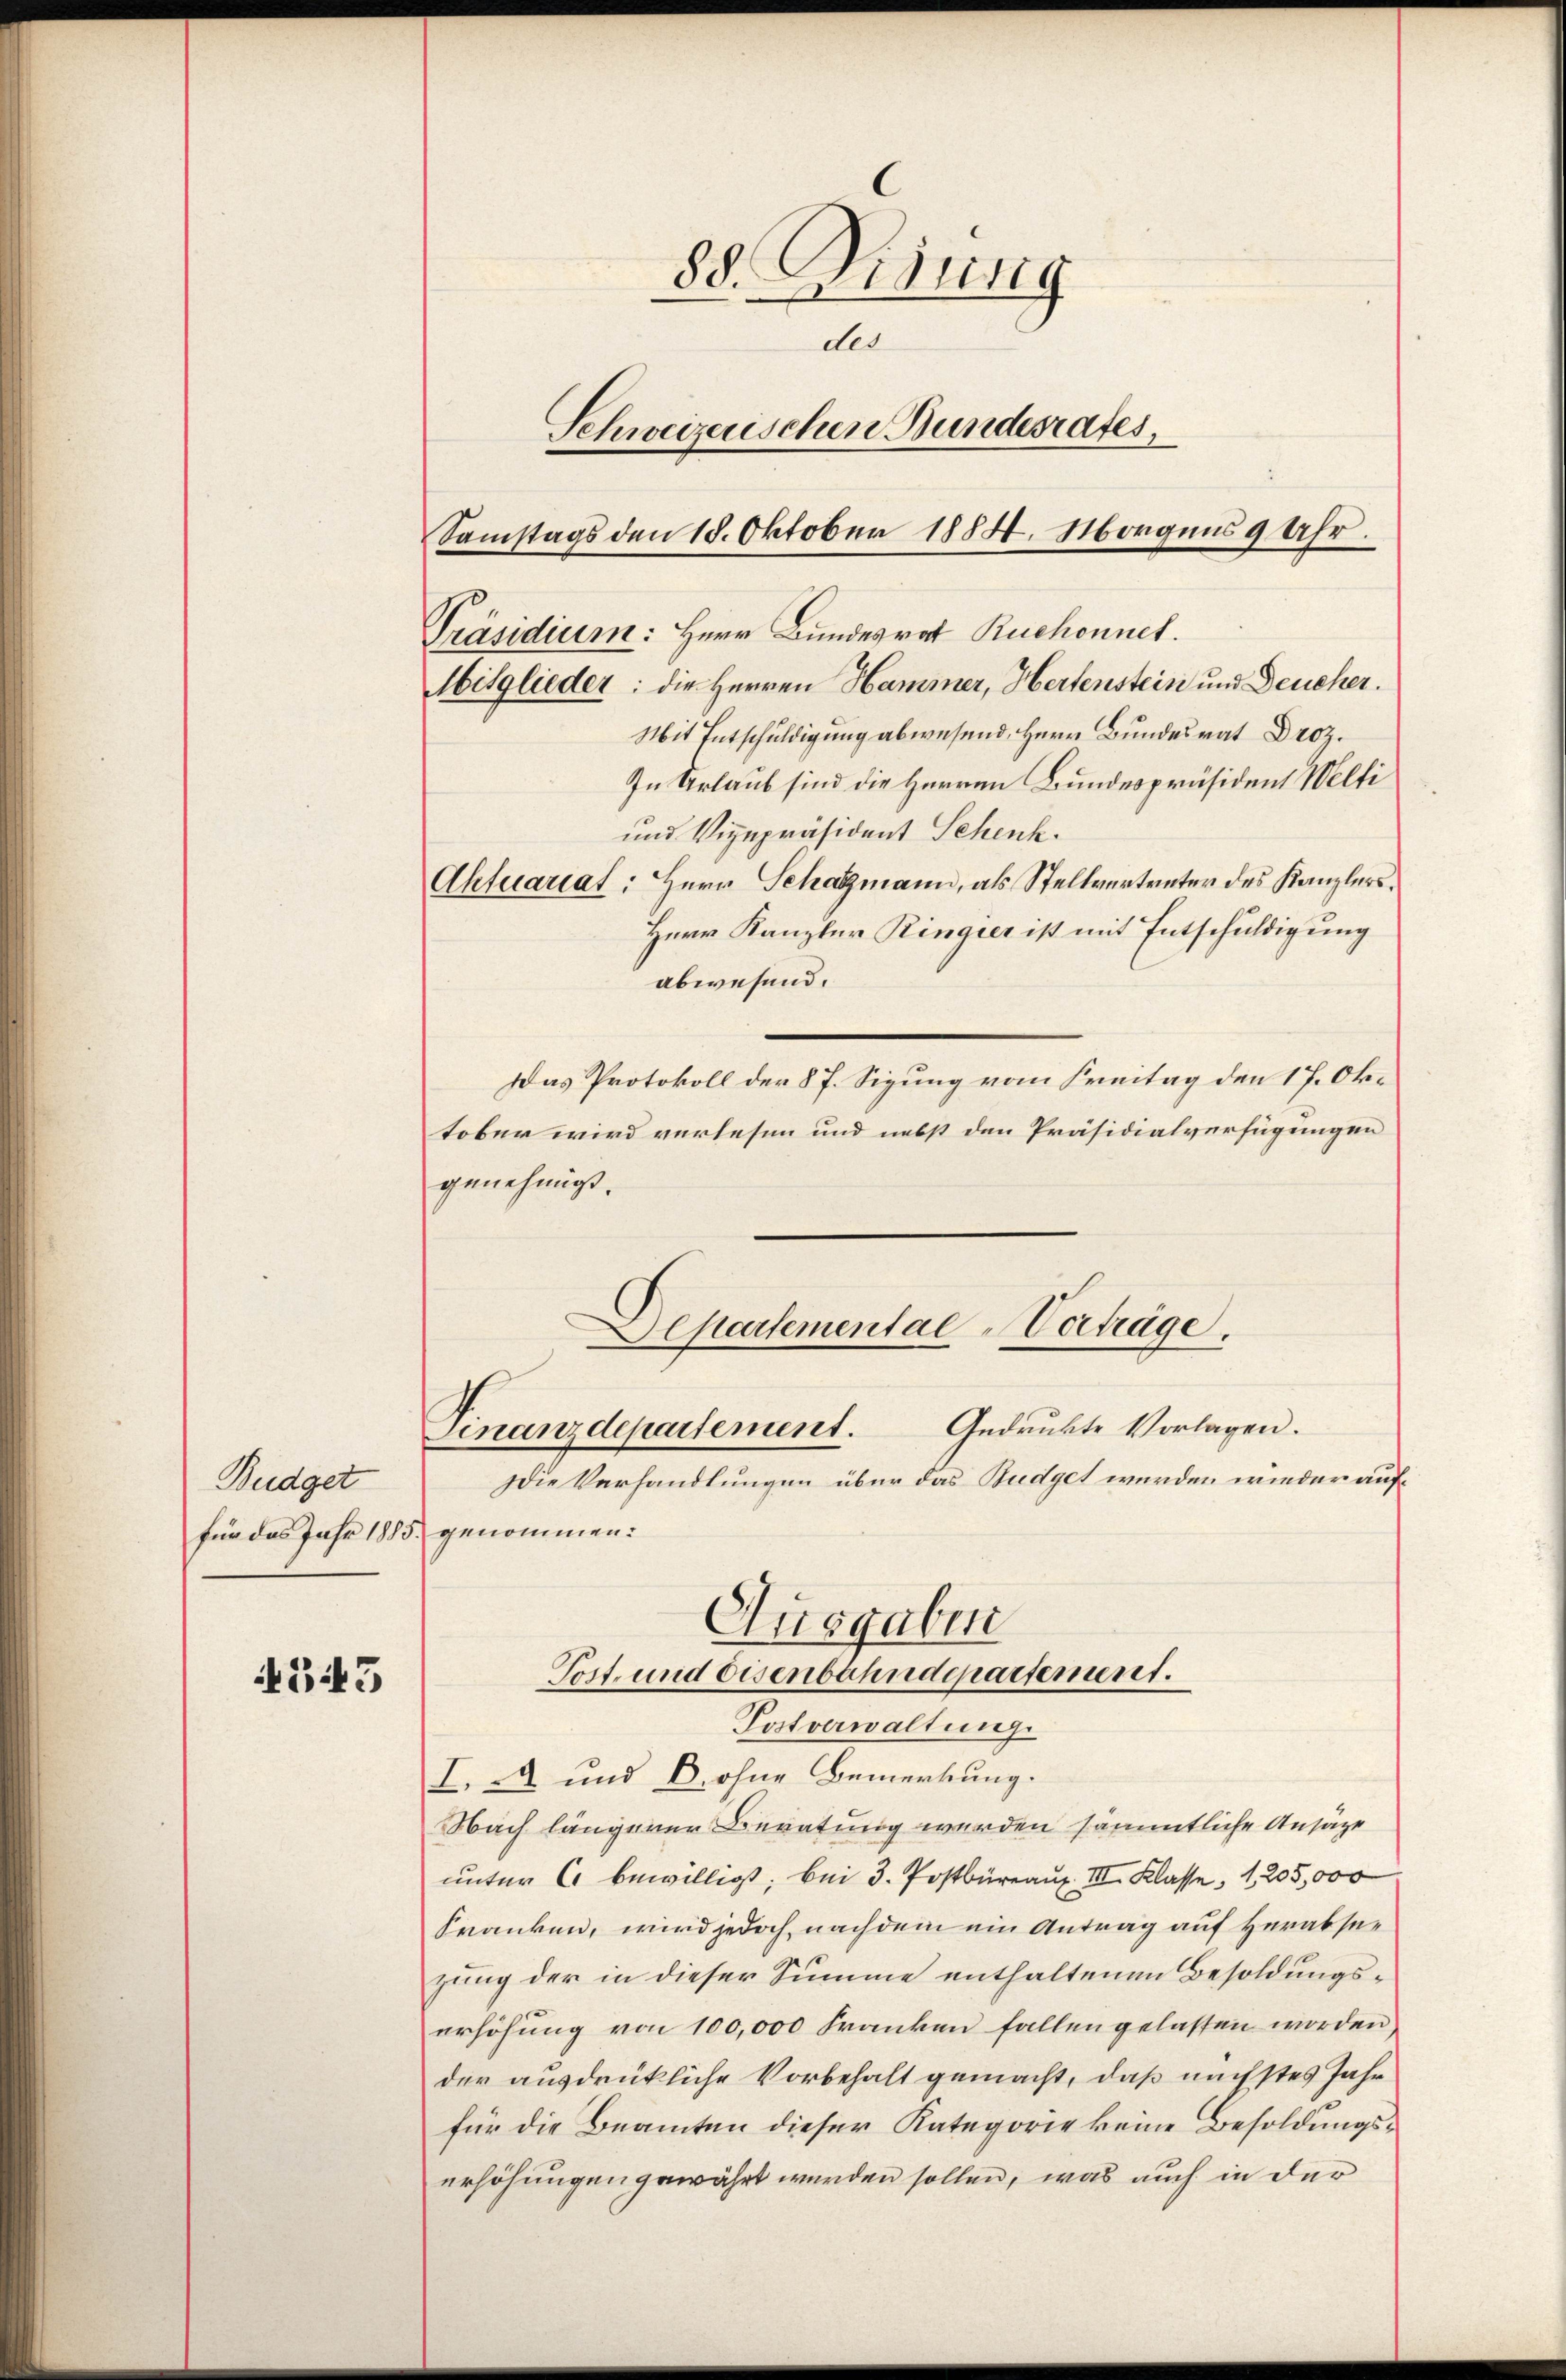
Budget
für das Jahr 1885.

543

88. Mitung
des
Schweizerischen Bundesrates,
Samstags den 18. Oktober 1884. Morgens 9 Uhr.

Präsidium: Herr Bundesrat Ruchonnet.
Mitglieder: die Herren Hammer, Hertenstein und Deucher.
Mit Entschuldigung abwesend, Herr Bundesrat Droz.
In Urlaub sind die Herren Bundespräsident Welti
und Vizepräsident Schenk.
Aktuariat: Herr Schatzmann, als Stellvertreter des Kanzlers¬
Herr Kanzler Ringier ist mit Entschuldigung
abwesend.
Das Protokoll der § 7. Sigung vom Freitag den 17. Oktober wird verlesen und nebst den Präsidialverfügungen
genehmigt.
Departementae-Verträge.

Gedruckte Vorlagen.
Finanzdepartement.

Die Verhandlungen über das Budget werden wieder auf¬
I. 2 und C. ohne Bemerkung.
Nach längerer Beratung werden sämmtliche Ansäze
unter C. bewilligt; bei 3. Postbüreau III. Klasse, 1205,000
Franken, wird jedoch nachdem ein Antrag auf verabsezung der in dieser Summe enthaltenen Besoldungserhöhung von 100,000 Franken fallen gelassen worden,
der ausdrükliche Vorbehalt gemacht, daß nächstes Jahr
für die Beamten dieser Kategorie keine Besoldungserhöhungen gewährt werden sollen, was auch in der

genommen:
Ausgaben
Tost- und eisenbahndepartement.
Postverwaltung